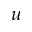
u